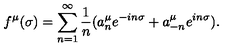
f ^ { \mu } ( \sigma ) = \sum _ { n = 1 } ^ { \infty } \frac { 1 } { n } ( a _ { n } ^ { \mu } e ^ { - i n \sigma } + a _ { - n } ^ { \mu } e ^ { i n \sigma } ) .